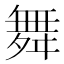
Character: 舞